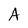
Character: A